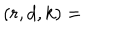
( r , d , k ) =